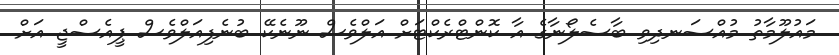
މައުލޫމާތު މުއްސަނދިވި ބާސެލޯނާގެ އާ ކޮންޓްރެކްޓަށް އަލްވެސް ނޫނެކޭ ބުނެފިއަލްވެސް ޕީއެސްޖީ އަށް